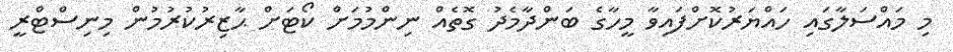
މި މައްސަލާގައި ހައްޔަރުކޮށްފައިވާ މީހާގެ ބަންދާމެދު ގޮތެއް ނިންމުމަށް ކޯޓަށް ޙާޒިރުކުރުމުން މިނިސްޓްރީ